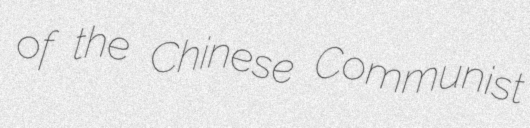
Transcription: of the Chinese Communist